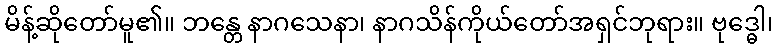
မိန့်ဆိုတော်မူ၏။ ဘန္တေ နာဂသေနာ၊ နာဂသိန်ကိုယ်တော်အရှင်ဘုရား။ ဗုဒ္ဓေါ၊